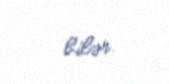
bilər.